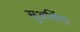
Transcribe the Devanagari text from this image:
सुअर्शिया